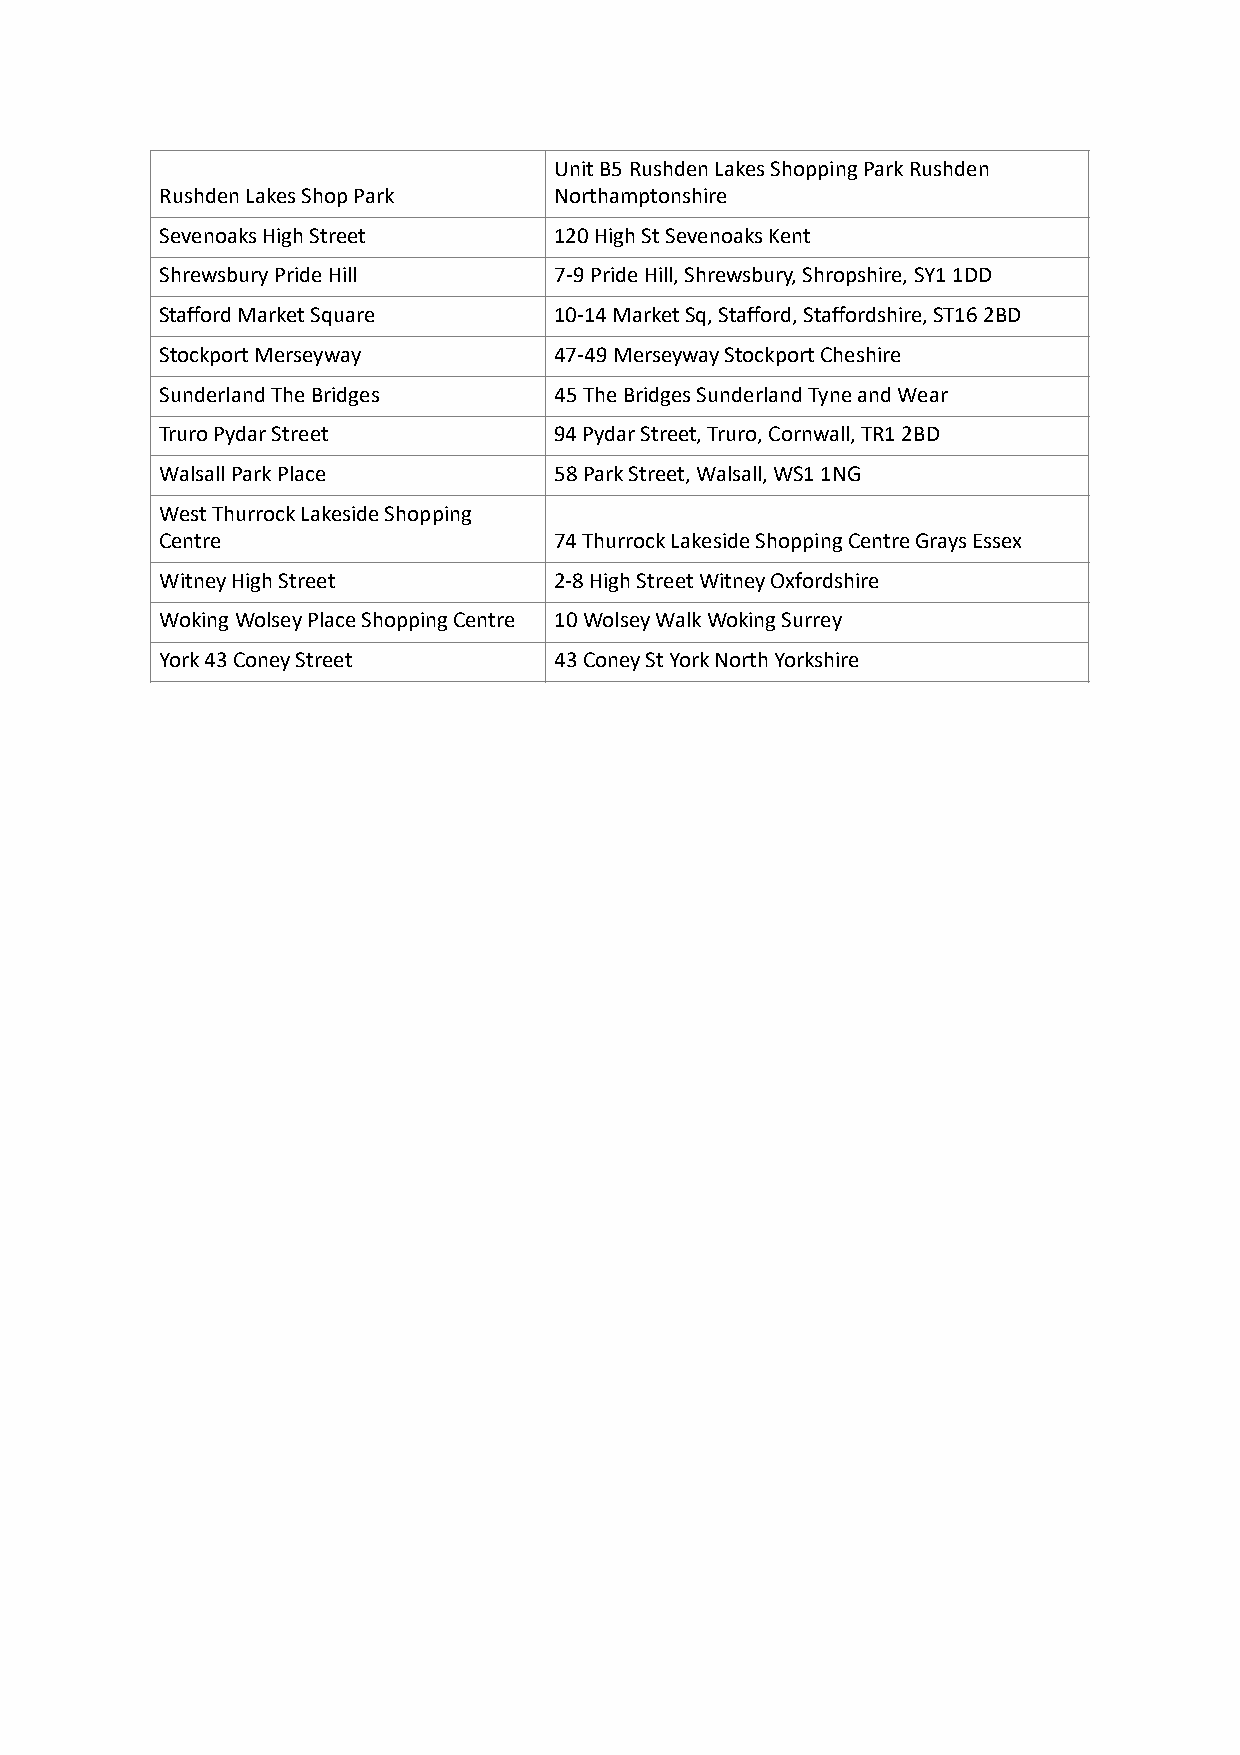
Unit B5 Rushden Lakes Shopping Park Rushden
 Rushden Lakes Shop Park   Northamptonshire
 Sevenoaks High Street     120 High St Sevenoaks Kent
 Shrewsbury Pride Hill     7-9 Pride Hill, Shrewsbury, Shropshire, SY1 1DD
 Stafford Market Square    10-14 Market Sq, Stafford, Staffordshire, ST16 2BD
 Stockport Merseyway       47-49 Merseyway Stockport Cheshire
 Sunderland The Bridges    45 The Bridges Sunderland Tyne and Wear
 Truro Pydar Street        94 Pydar Street, Truro, Cornwall, TR1 2BD
 Walsall Park Place        58 Park Street, Walsall, WS1 1NG
 West Thurrock Lakeside Shopping
 Centre                    74 Thurrock Lakeside Shopping Centre Grays Essex
 Witney High Street        2-8 High Street Witney Oxfordshire
 Woking Wolsey Place Shopping Centre 10 Wolsey Walk Woking Surrey
 York 43 Coney Street      43 Coney St York North Yorkshire